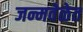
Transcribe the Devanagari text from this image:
जन्मवेळेत